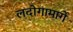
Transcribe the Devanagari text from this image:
लदोगामार्गे